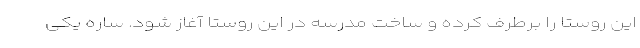
این روستا را برطرف کرده و ساخت مدرسه در این روستا آغاز شود. ساره یکی